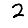
Digit: 2